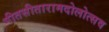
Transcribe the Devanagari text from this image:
गीतसीतारामदोलोत्सव